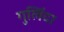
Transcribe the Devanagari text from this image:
गुलिंदा